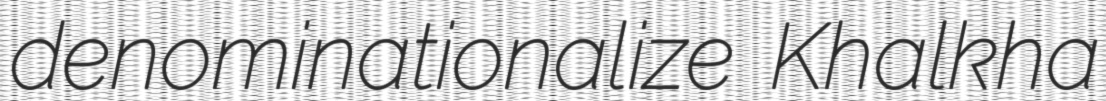
denominationalize Khalkha